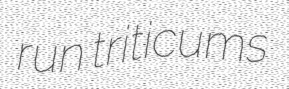
run triticums